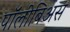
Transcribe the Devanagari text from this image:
पॉलीबिअस